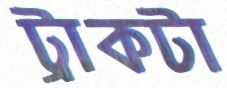
ট্রাকটা